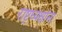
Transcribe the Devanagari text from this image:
राष्ट्रध्यक्षांना